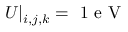
U | _ { i , j , k } = \mathrm { ~ 1 ~ e ~ V ~ }